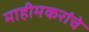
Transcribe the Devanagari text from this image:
माहीमकरांचे